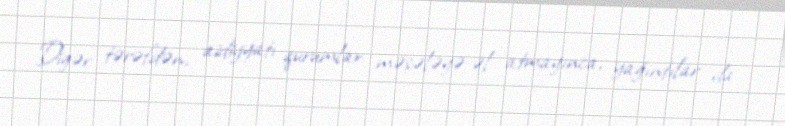
Digər tərəfdən, aidiyyatı qurumlar məsələyə əl atmayınca, yağıntılar da